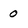
Character: 0